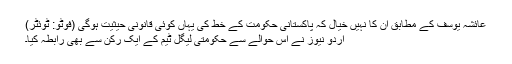
عائشہ یوسف کے مطابق ان کا نہیں خیال کہ پاکستانی حکومت کے خط کی یہاں کوئی قانونی حیثیت ہوگی (فوٹو: ٹوئٹر)
اردو نیوز نے اس حوالے سے حکومتی لیگل ٹیم کے ایک رکن سے بھی رابطہ کیا۔